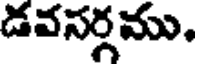
డవసర్గము,